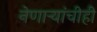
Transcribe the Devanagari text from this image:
नेणाऱ्यांचीही